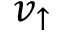
v _ { \uparrow }